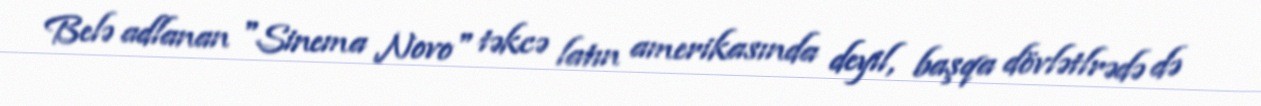
Belə adlanan "Sinema Novo" təkcə latın amerikasında deyil, başqa dövlətlrədə də